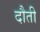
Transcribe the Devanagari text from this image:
दौती